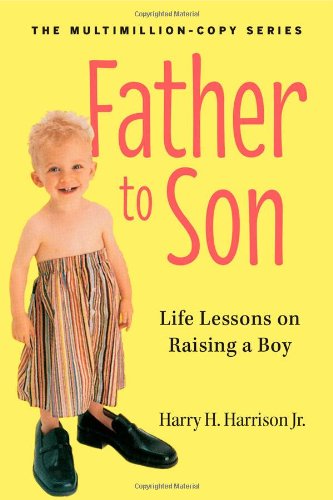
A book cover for Father to Son, Revised Edition: Life Lessons on Raising a Boy; Harry H. Harrison  Jr.; Parenting & Relationships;